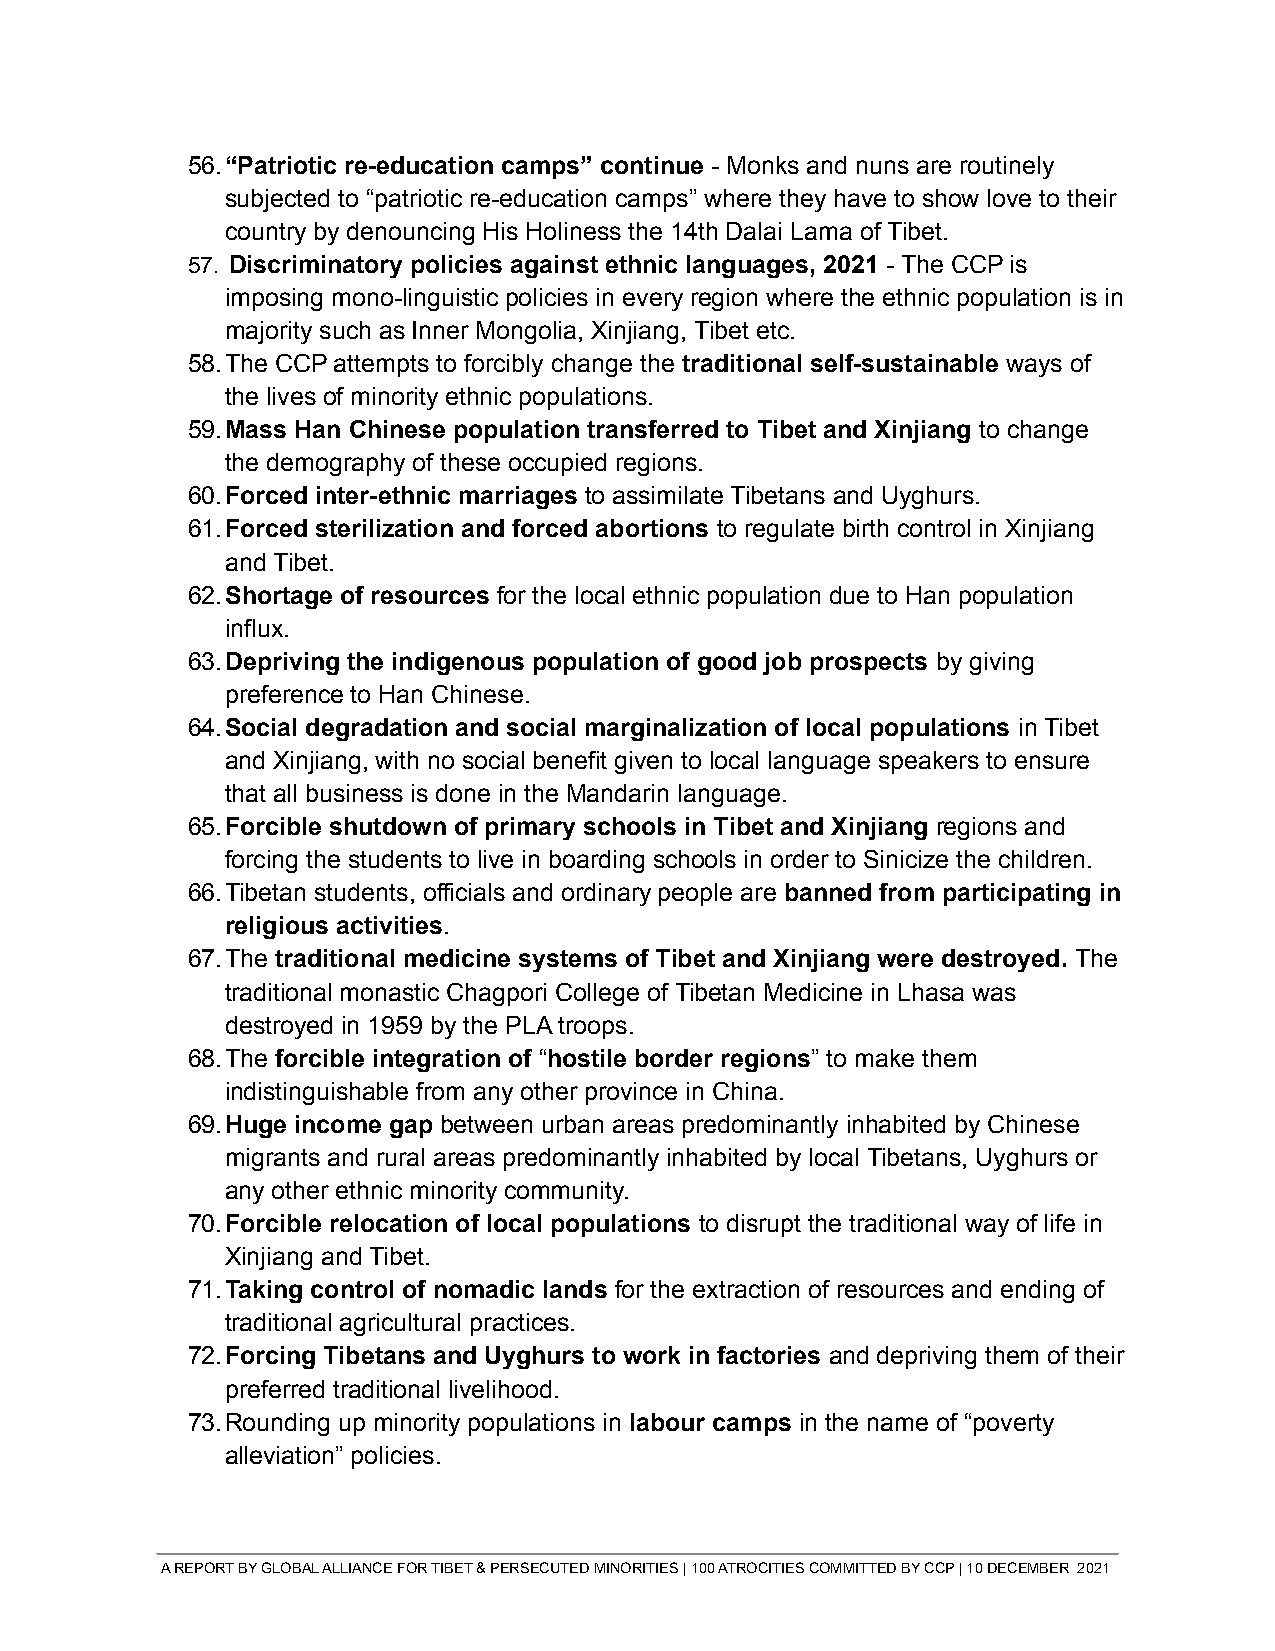
56.“Patriotic re-education camps” continue - Monks and nuns are routinely
 subjected to “patriotic re-education camps” where they have to show love to their
 country by denouncing His Holiness the 14th Dalai Lama of Tibet.
 57. Discriminatory policies against ethnic languages, 2021 - The CCP is
 imposing mono-linguistic policies in every region where the ethnic population is in
 majority such as Inner Mongolia, Xinjiang, Tibet etc.
 58.The CCP attempts to forcibly change the traditional self-sustainable ways of
 the lives of minority ethnic populations.
 59.Mass Han Chinese population transferred to Tibet and Xinjiang to change
 the demography of these occupied regions.
 60.Forced inter-ethnic marriages to assimilate Tibetans and Uyghurs.
 61.Forced sterilization and forced abortions to regulate birth control in Xinjiang
 and Tibet.
 62.Shortage of resources for the local ethnic population due to Han population
 influx.
 63.Depriving the indigenous population of good job prospects by giving
 preference to Han Chinese.
 64.Social degradation and social marginalization of local populations in Tibet
 and Xinjiang, with no social benefit given to local language speakers to ensure
 that all business is done in the Mandarin language.
 65.Forcible shutdown of primary schools in Tibet and Xinjiang regions and
 forcing the students to live in boarding schools in order to Sinicize the children.
 66.Tibetan students, officials and ordinary people are banned from participating in
 religious activities.
 67.The traditional medicine systems of Tibet and Xinjiang were destroyed. The
 traditional monastic Chagpori College of Tibetan Medicine in Lhasa was
 destroyed in 1959 by the PLA troops.
 68.The forcible integration of “hostile border regions” to make them
 indistinguishable from any other province in China.
 69.Huge income gap between urban areas predominantly inhabited by Chinese
 migrants and rural areas predominantly inhabited by local Tibetans, Uyghurs or
 any other ethnic minority community.
 70.Forcible relocation of local populations to disrupt the traditional way of life in
 Xinjiang and Tibet.
 71.Taking control of nomadic lands for the extraction of resources and ending of
 traditional agricultural practices.
 72.Forcing Tibetans and Uyghurs to work in factories and depriving them of their
 preferred traditional livelihood.
 73.Rounding up minority populations in labour camps in the name of “poverty
 alleviation” policies.
 A REPORT BY GLOBAL ALLIANCE FOR TIBET & PERSECUTED MINORITIES | 100 ATROCITIES COMMITTED BY CCP | 10 DECEMBER 2021